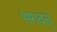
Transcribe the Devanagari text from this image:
भगदत्त्